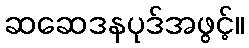
ဆဆေဒနပုဒ်အဖွင့်။